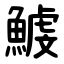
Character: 鰬